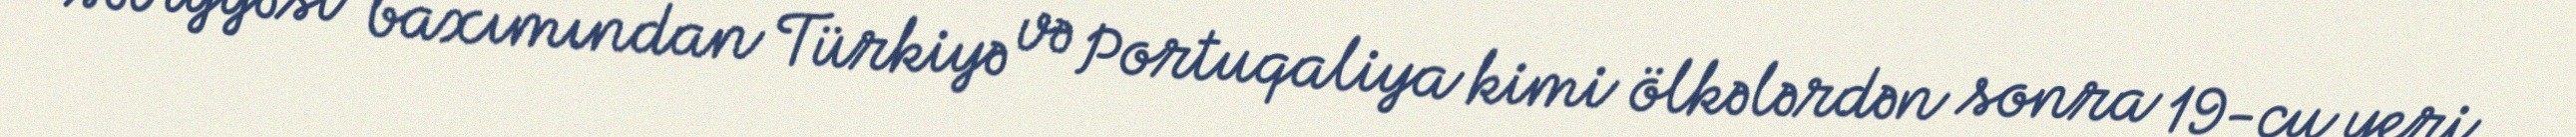
səviyyəsi baxımından Türkiyə və Portuqaliya kimi ölkələrdən sonra 19-cu yeri